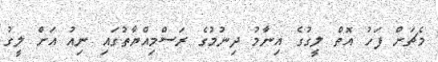
މެޗަށް ފަހު އޮތް ލީގުގެ އިނާމު ދިނުމުގެ ރަސްމިއްޔާތުގައި ނިއު އަށް ލީގު